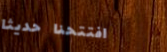
افتتحنا حديثاً